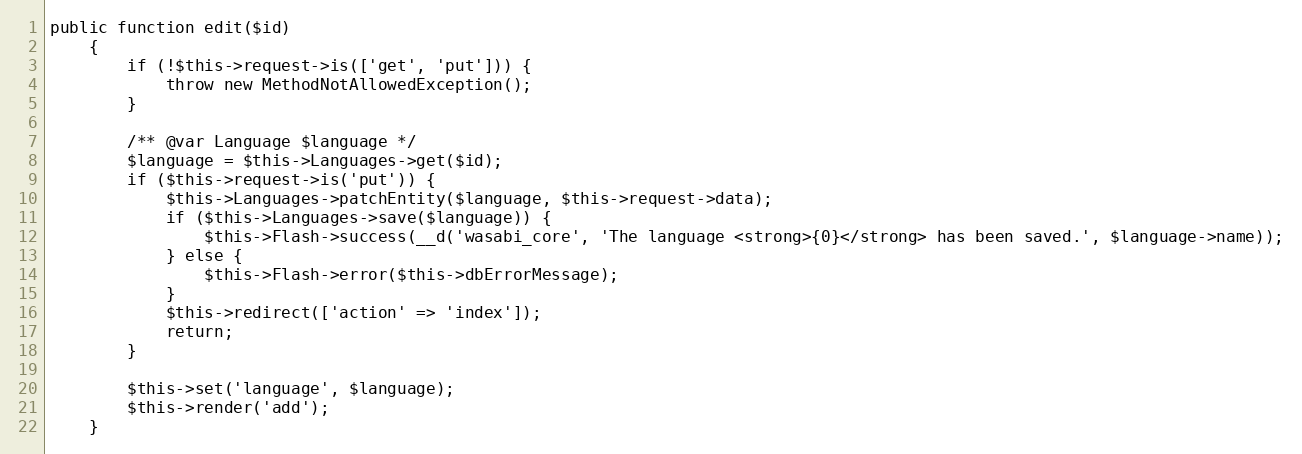
Language: PHP
public function edit($id)
    {
        if (!$this->request->is(['get', 'put'])) {
            throw new MethodNotAllowedException();
        }

        /** @var Language $language */
        $language = $this->Languages->get($id);
        if ($this->request->is('put')) {
            $this->Languages->patchEntity($language, $this->request->data);
            if ($this->Languages->save($language)) {
                $this->Flash->success(__d('wasabi_core', 'The language <strong>{0}</strong> has been saved.', $language->name));
            } else {
                $this->Flash->error($this->dbErrorMessage);
            }
            $this->redirect(['action' => 'index']);
            return;
        }

        $this->set('language', $language);
        $this->render('add');
    }